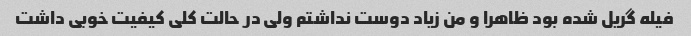
فیله گریل شده بود ظاهرا و من زیاد دوست نداشتم ولی در حالت کلی کیفیت خوبی داشت